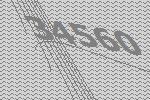
34560